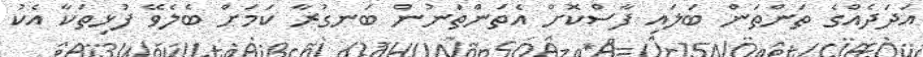
އަދަދެއްގެ ތަންތަން ބަލައި ފާސްކޮށް އެތަންތަނުން ބަނގުރާ ކަމަށް ބެލެވޭ ފުޅިތަކާ އެކު